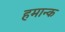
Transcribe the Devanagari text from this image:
हमान्क